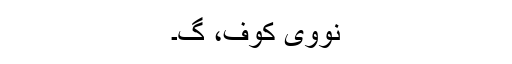
نووی کوف، گ۔